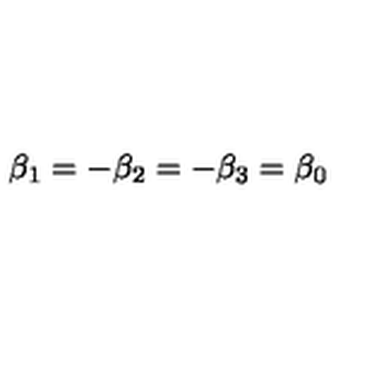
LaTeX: \beta _ { 1 } = - \beta _ { 2 } = - \beta _ { 3 } = \beta _ { 0 }